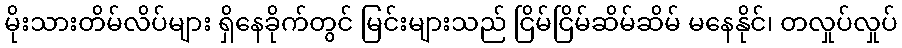
မိုးသားတိမ်လိပ်များ ရှိနေခိုက်တွင် မြင်းများသည် ငြိမ်ငြိမ်ဆိမ်ဆိမ် မနေနိုင်၊ တလှုပ်လှုပ်